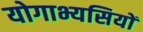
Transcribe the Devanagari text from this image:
योगाभ्यसियों